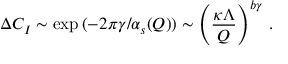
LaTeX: \Delta C _ { I } \sim \exp { ( - 2 \pi \gamma / \alpha _ { s } ( Q ) ) } \sim \left( \frac { \kappa \Lambda } { Q } \right) ^ { b \gamma } \, .